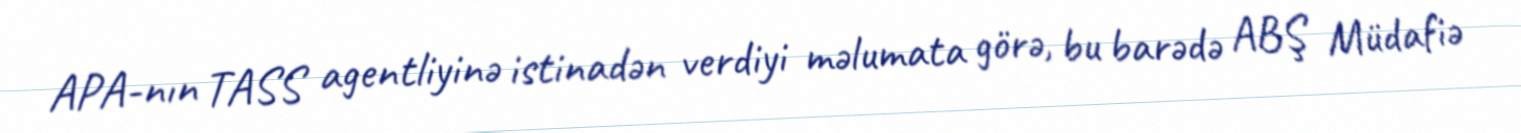
APA-nın TASS agentliyinə istinadən verdiyi məlumata görə, bu barədə ABŞ Müdafiə